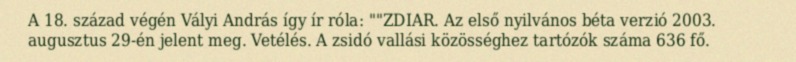
A 18. század végén Vályi András így ír róla: ""ZDIAR. Az első nyilvános béta verzió 2003. augusztus 29-én jelent meg. Vetélés. A zsidó vallási közösséghez tartózók száma 636 fő.